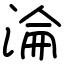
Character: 淪